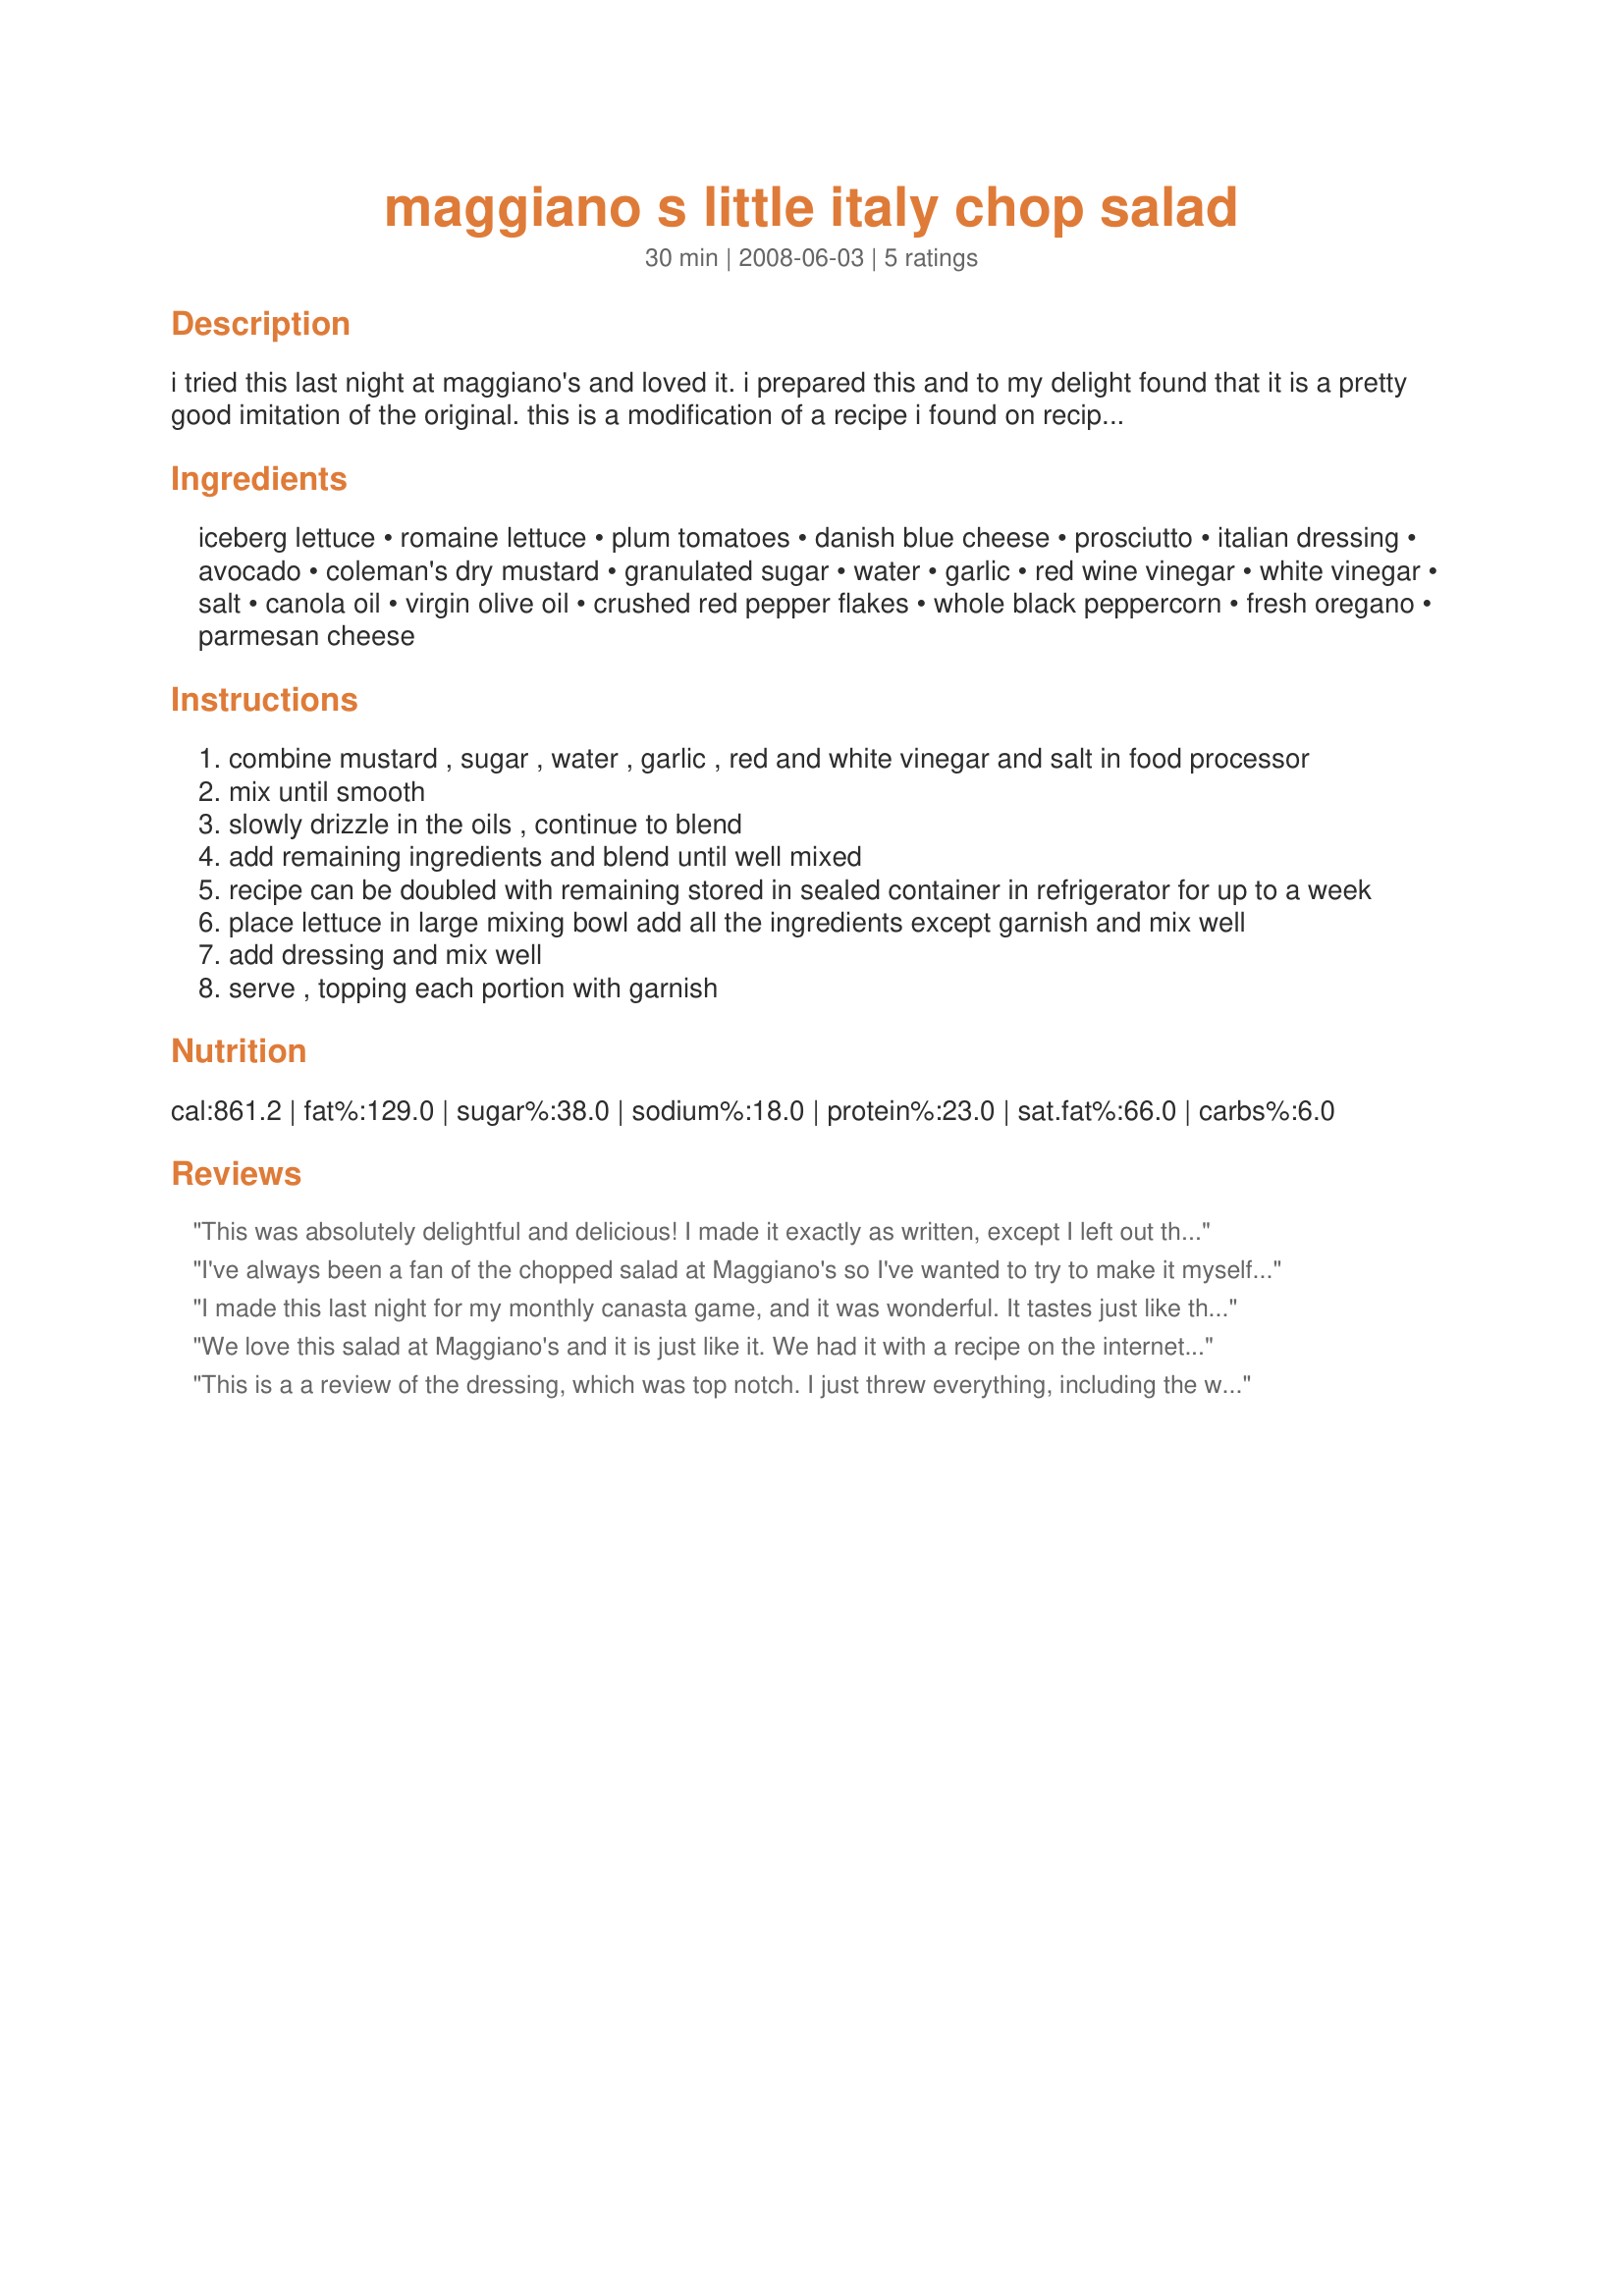
maggiano s little italy chop salad
Preparation time: 30 minutes

i tried this last night at maggiano's and loved it. i prepared this and to my delight found that it is a pretty good imitation of the original. this is a modification of a recipe i found on recipe goldmine. i would suggest making "recipe #239502" instead of pan frying prosciutto, but either works.

Ingredients:
iceberg lettuce, romaine lettuce, plum tomatoes, danish blue cheese, prosciutto, italian dressing, avocado, coleman's dry mustard, granulated sugar, water, garlic, red wine vinegar, white vinegar, salt, canola oil, virgin olive oil, crushed red pepper flakes, whole black peppercorn, fresh oregano, parmesan cheese

Steps:
combine mustard , sugar , water , garlic , red and white vinegar and salt in food processor
mix until smooth
slowly drizzle in the oils , continue to blend
add remaining ingredients and blend until well mixed
recipe can be doubled with remaining stored in sealed container in refrigerator for up to a week
place lettuce in large mixing bowl add all the ingredients except garnish and mix well
add dressing and mix well
serve , topping each portion with garnish

Reviews:
This was absolutely delightful and delicious! I made it exactly as written, except I left out the blue cheese (because I quite dislike it). The avocado was also a nice touch. The dressing is fantastic and will also be made often. Really a great salad! Thanks for posting this one. Made for Please Review My Recipe Tag Game.
I've always been a fan of the chopped salad at Maggiano's so I've wanted to try to make it myself for some time now. I'm not much of a cook so I was a bit intimated when it called for a food processor. Well... I used my "magic bullet" for the dressing and it turned out great. My husband (who doesn't really like salad), couldn't get enough of this one. Thanks!!!
I made this last night for my monthly canasta game, and it was wonderful. It tastes just like the salad at Maggiano's.
We love this salad at Maggiano's and it is just like it. We had it with a recipe on the internet for the Maggiano's fried zucchini. Thanks for the recipe.
This is a a review of the dressing, which was top notch. I just threw everything, including the whole garlic cloves, into the VitaMix and let &#039;er rip - turned out to be a lovely creamy Italian dressing. I added some lemon pepper because I put that in everything, and used freshly grated Romano because that&#039;s what I had - terrific dressing - thank you!
